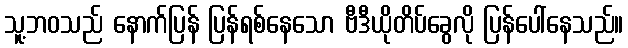
သူ့ဘဝသည် နောက်ပြန် ပြန်ရစ်နေသော ဗီဒီယိုတိပ်ခွေလို ပြန်ပေါ်နေသည်။